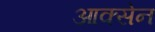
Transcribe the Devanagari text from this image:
आक्सेन